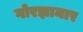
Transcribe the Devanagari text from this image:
गोरझामार